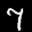
Label: 7